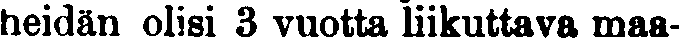
heidän olisi 3 vuotta liikuttava maa-